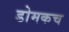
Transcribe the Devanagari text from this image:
डोमकच